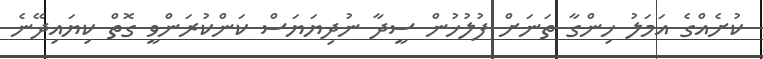
ކުށެއްގެ އަމަލު ހިންގާ ތަނަށް ފުލުހުން ސީދާ ނުދިޔަޔަސް ކަންކުރަންވީ ގޮތް ކިޔައިދޭނެ